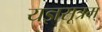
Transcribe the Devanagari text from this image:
यज्ञसूत्रम्